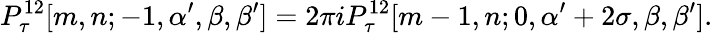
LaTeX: P_{\tau}^{12}[m,n;-1,\alpha^{\prime},\beta,\beta^{\prime}]=2\pi iP_{\tau}^{12}[m-1,n;0,\alpha^{\prime}+2\sigma,\beta,\beta^{\prime}].